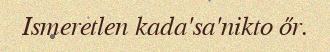
Ismeretlen kada'sa'nikto őr.